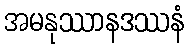
အမနုဿာနဒဿနံ